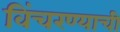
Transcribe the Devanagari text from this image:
विंचरण्याची